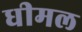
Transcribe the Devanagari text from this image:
धीमल